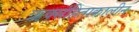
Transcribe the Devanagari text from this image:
ऋक्संहिताकालीन